Riigikantselei, lk 149
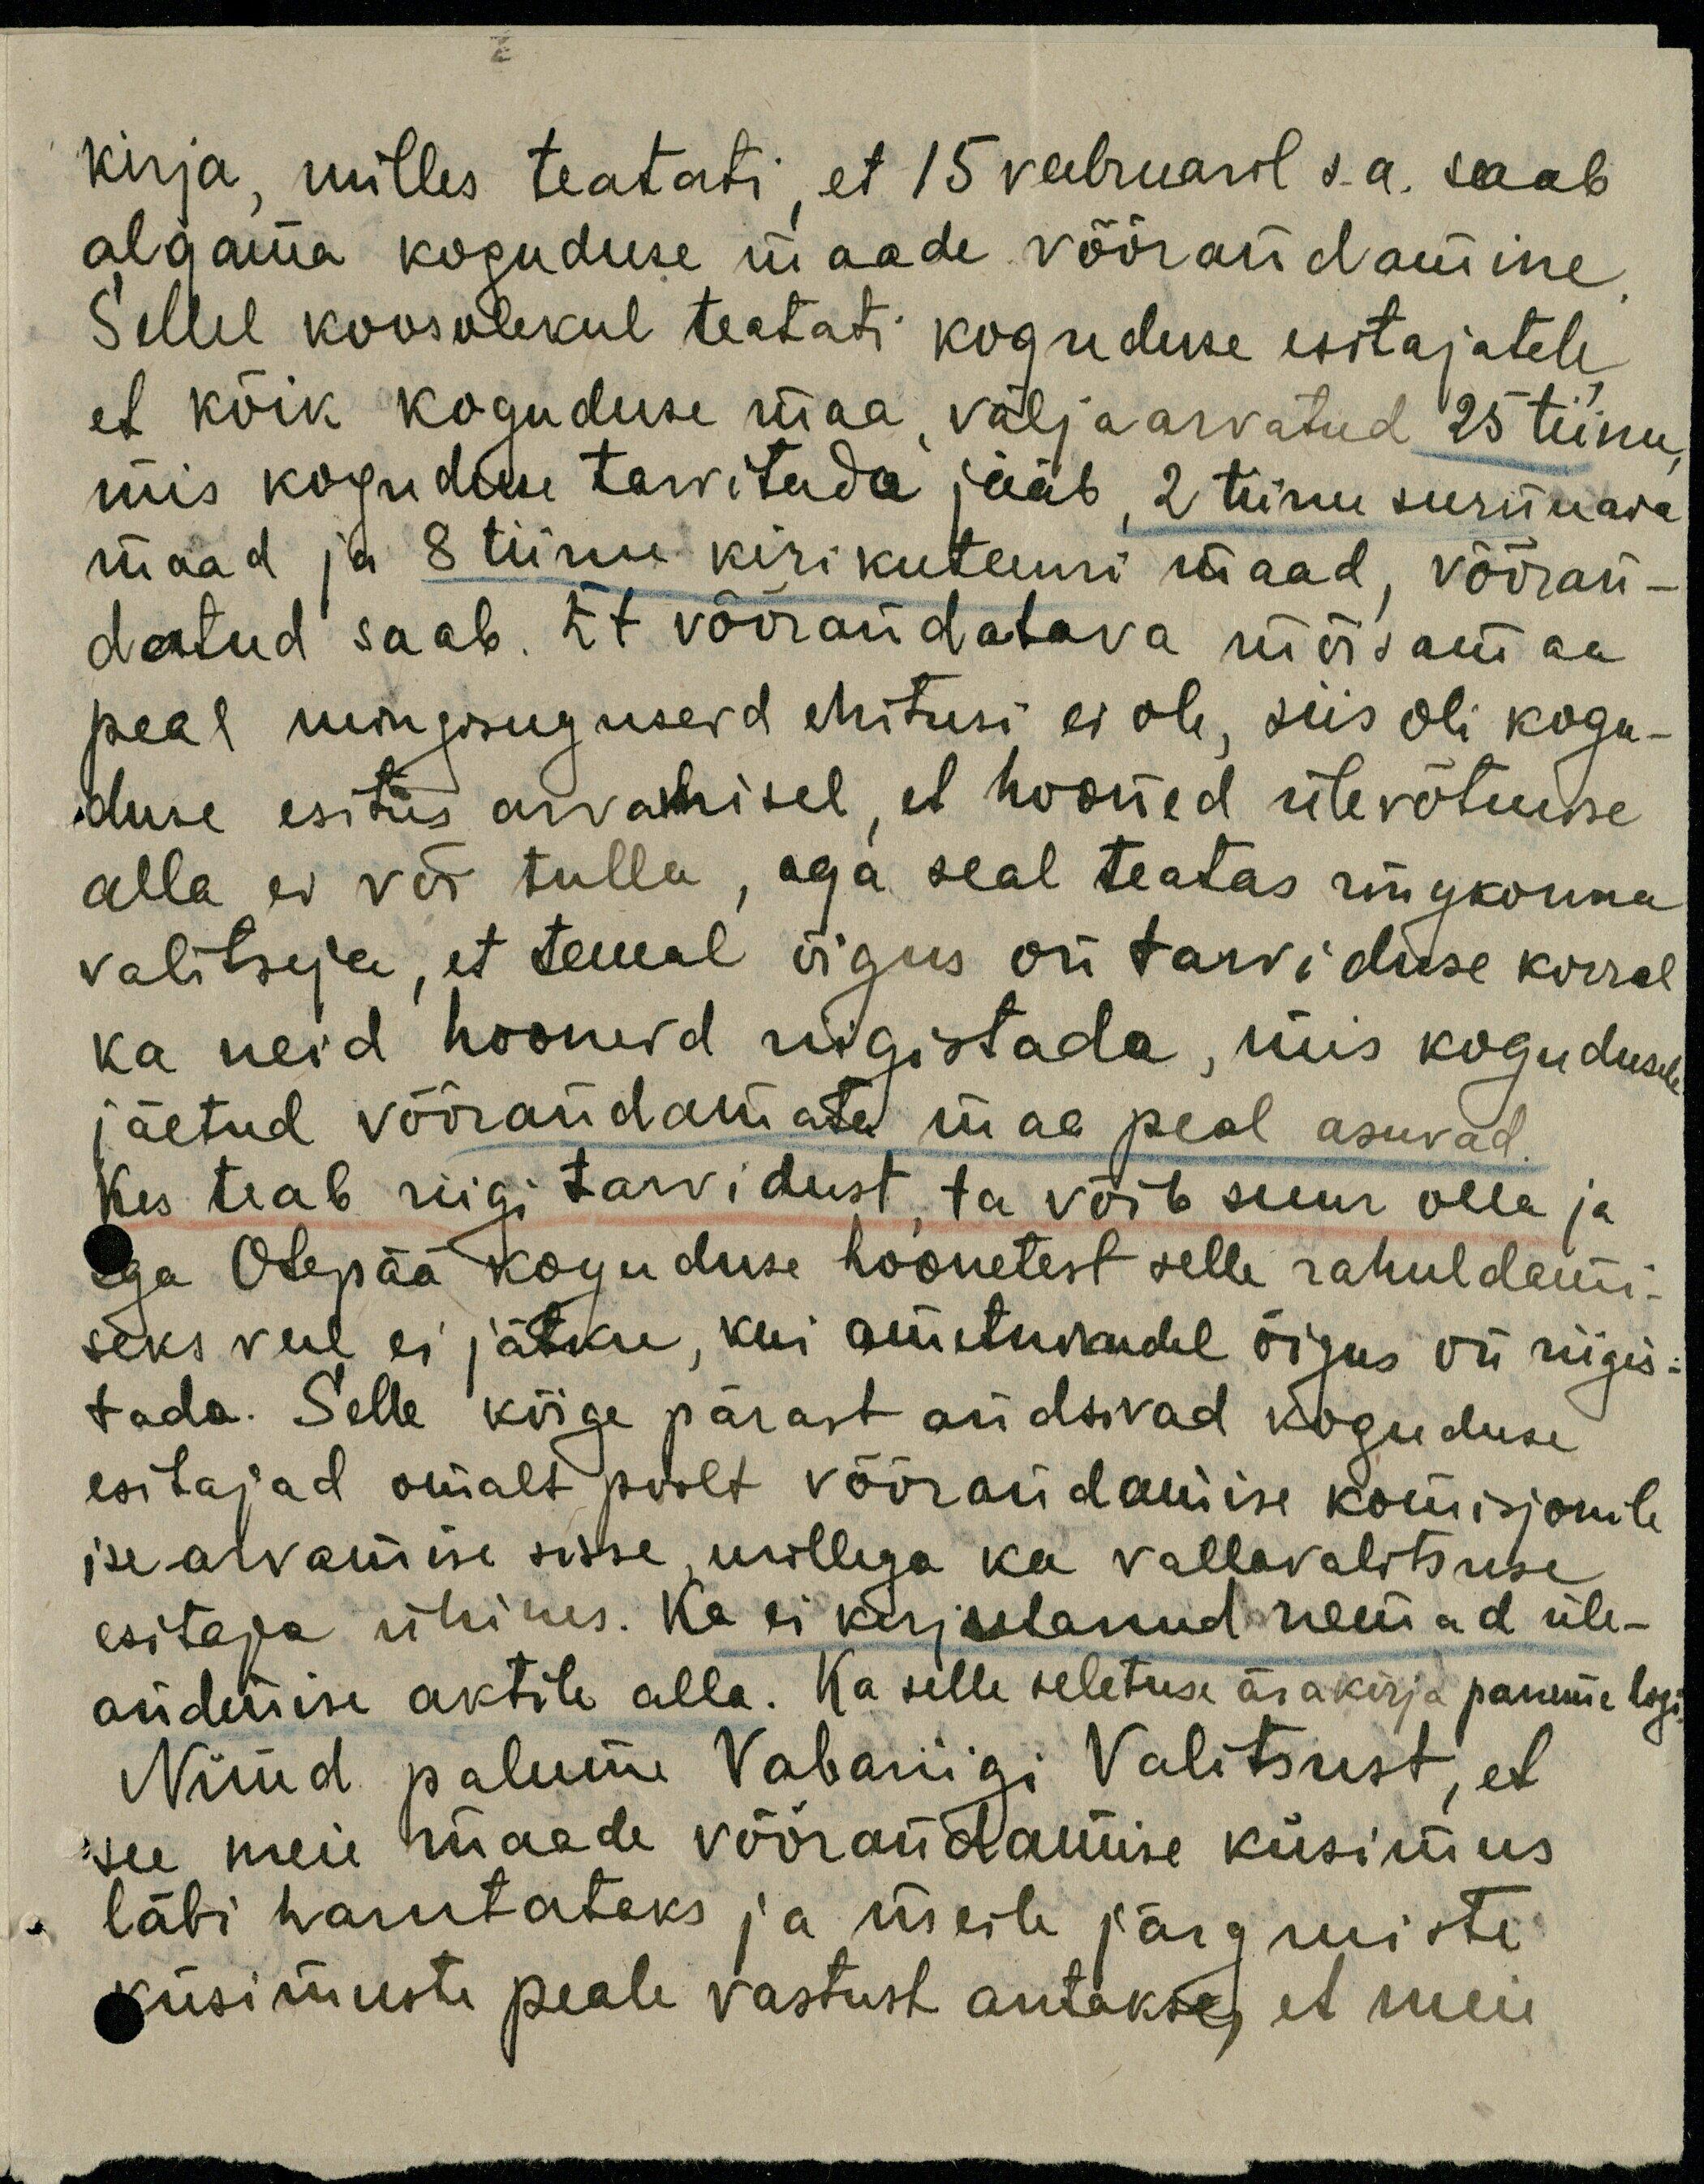
kirja, milles teatati, et 15 veebruaril s.a. saab
algama koguduse maade võõrandamine.
Sellel koosolekul teatati koguduse esitajatele
et kõik koguduse maa väljaarvatud 25 tiinu,
mis koguduse tarvitada jääb, 2 tiinu surnuaia
maad ja 8 tiinu kirikuteenri maad, võõran-
datud saab. Et võõrandatava mõisamaa
peal mingisuguseid ehitusi ei ole, siis oli kogu-
duse esitus arvamisel, et hooned ülevõtmise
alla ei või tulla, aga seal teatas ringkonna
valitseja, et temal õigus on tarviduse korral
ka neid hooneid riigistada, mis kogudusele
jäetud võõrandamata maa peal asuvad.
Kes teab riigi tarvidust, ta võib suur olla ja
ega Otepää koguduse hoonetest selle rahuldami-
seks veel ei jätku, kui ametnikudel õigus on riigis-
tada. Selle kõige pärast andsivad koguduse
esitajad omalt poolt võõrandamise komisjonile
ise arvamise sisse, millega ka vallavalitsuse
esitaja ühines. Ka ei kirjutanud nemad üle-
andmise aktile alla. Ka selle seletuse ärakirja paneme ligi
Nüüd palume Vabariigi Valitsust, et
see meie maade võõrandamise küsimus
läbi harutataks ja meile järgmiste
küsimuste peale vastust antakse, et meie